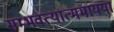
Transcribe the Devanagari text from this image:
सम्भवत्यात्ममायया